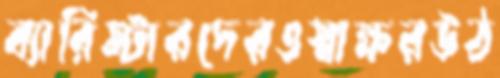
ব্যারিস্টারদেরওস্বাক্ষরউঠ